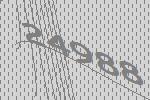
24988